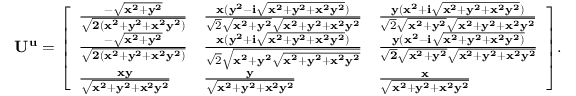
\mathbf { U ^ { u } } = { \left[ \begin{array} { l l l } { { \frac { - { \sqrt { \mathbf { x ^ { 2 } + y ^ { 2 } } } } } { \sqrt { \mathbf { 2 ( x ^ { 2 } + y ^ { 2 } + x ^ { 2 } y ^ { 2 } ) } } } } } & { { \frac { \mathbf { x ( y ^ { 2 } - i { \sqrt { \mathbf { x ^ { 2 } + y ^ { 2 } + x ^ { 2 } y ^ { 2 } } } } ) } } { { \sqrt { 2 } } { \sqrt { \mathbf { x ^ { 2 } + y ^ { 2 } } } } { \sqrt { \mathbf { x ^ { 2 } + y ^ { 2 } + x ^ { 2 } y ^ { 2 } } } } } } } & { { \frac { \mathbf { y ( x ^ { 2 } + i { \sqrt { \mathbf { x ^ { 2 } + y ^ { 2 } + x ^ { 2 } y ^ { 2 } } } } ) } } { { \sqrt { 2 } } { \sqrt { \mathbf { x ^ { 2 } + y ^ { 2 } } } } { \sqrt { \mathbf { x ^ { 2 } + y ^ { 2 } + x ^ { 2 } y ^ { 2 } } } } } } } \\ { { \frac { - { \sqrt { \mathbf { x ^ { 2 } + y ^ { 2 } } } } } { \sqrt { \mathbf { 2 ( x ^ { 2 } + y ^ { 2 } + x ^ { 2 } y ^ { 2 } ) } } } } } & { { \frac { \mathbf { x ( y ^ { 2 } + i { \sqrt { \mathbf { x ^ { 2 } + y ^ { 2 } + x ^ { 2 } y ^ { 2 } } } } ) } } { { \sqrt { 2 } } { \sqrt { \mathbf { x ^ { 2 } + y ^ { 2 } } { \sqrt { \mathbf { x ^ { 2 } + y ^ { 2 } + x ^ { 2 } y ^ { 2 } } } } } } } } } & { { \mathbf { \frac { y ( x ^ { 2 } - i { \sqrt { \mathbf { x ^ { 2 } + y ^ { 2 } + x ^ { 2 } y ^ { 2 } } ) } } } { { \sqrt { \bf { 2 } } } { \sqrt { \bf { x ^ { 2 } + y ^ { 2 } } } } { \sqrt { \bf { x ^ { 2 } + y ^ { 2 } + x ^ { 2 } y ^ { 2 } } } } } } } } \\ { { \frac { \mathbf { x y } } { \sqrt { \mathbf { x ^ { 2 } + y ^ { 2 } + x ^ { 2 } y ^ { 2 } } } } } } & { { \mathbf { \frac { y } { \sqrt { \mathbf { x ^ { 2 } + y ^ { 2 } + x ^ { 2 } y ^ { 2 } } } } } } } & { { \mathbf { \frac { x } { \sqrt { \mathbf { x ^ { 2 } + y ^ { 2 } + x ^ { 2 } y ^ { 2 } } } } } } } \end{array} \right] } .